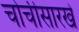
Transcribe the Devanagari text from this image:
चोचीसारखे